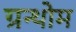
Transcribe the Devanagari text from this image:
ग्रन्थोम